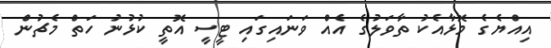
އިއްޔެގެ މޮޅާއެކު ތާވަލުގެ އެއް ވަނައިގައި ޓީސީ އޮތީ ކުޅުނު ހަތް މެޗުން